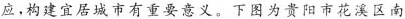
应，构建宜居城市有重要意义。下图为贵阳市花溪区南